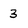
Character: 3